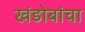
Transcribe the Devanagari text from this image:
खंडोबांचा